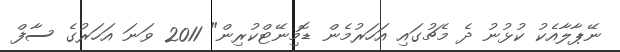
ނޭޕާލާއެކު ކުޅުނު ދެ މެޗުގައި އަހަރުމެން ޑޮމިނޭޓްކުރިން" 2011 ވަނަ އަހަރުގެ ސާފް